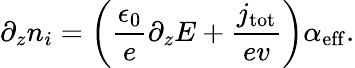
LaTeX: \partial_{z}n_{i}=\left(\frac{\epsilon_{0}}{e}\partial_{z}E+\frac{j_{\mathrm{tot}}}{ev}\right)\alpha_{\mathrm{eff}}.